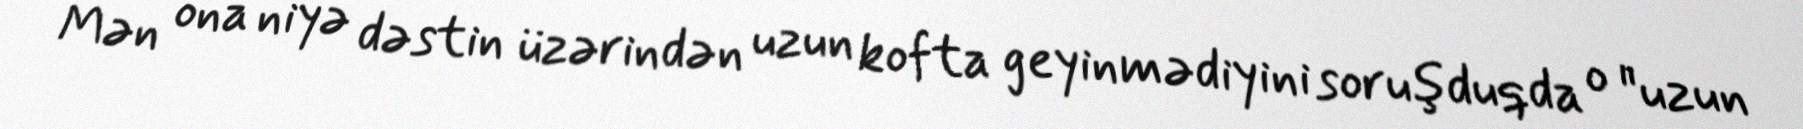
Mən ona niyə dəstin üzərindən uzun kofta geyinmədiyini soruşduqda o "uzun